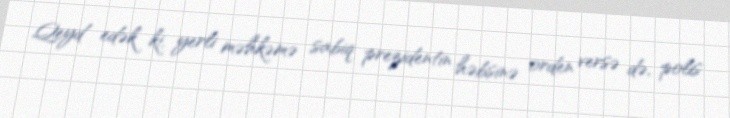
Qeyd edək ki, yerli məhkəmə sabiq prezidentin həbsinə orden versə də, polis